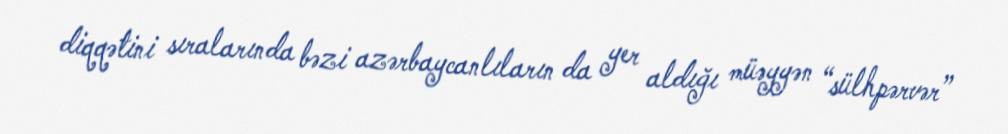
diqqətini sıralarında bəzi azərbaycanlıların da yer aldığı müəyyən “sülhpərvər”